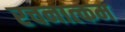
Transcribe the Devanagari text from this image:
रचनात्‍कम